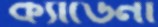
ক্যাডেনা